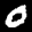
Label: 0